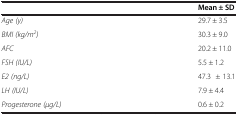
<table><thead><tr><td><b> </b></td><td><b>Mean ± SD</b></td></tr></thead><tbody><tr><td><i>Age (y)</i></td><td>29.7 ± 3.5</td></tr><tr><td><i>BMI (kg/m</i><sup><i>2</i></sup><i>)</i></td><td>30.3 ± 9.0</td></tr><tr><td><i>AFC</i></td><td>20.2 ± 11.0</td></tr><tr><td><i>FSH (IU/L)</i></td><td>5.5 ± 1.2</td></tr><tr><td><i>E2 (ng/L)</i></td><td>47.3 ± 13.1</td></tr><tr><td><i>LH (IU/L)</i></td><td>7.9 ± 4.4</td></tr><tr><td><i>Progesterone (μg/L)</i></td><td>0.6 ± 0.2</td></tr></tbody></table>